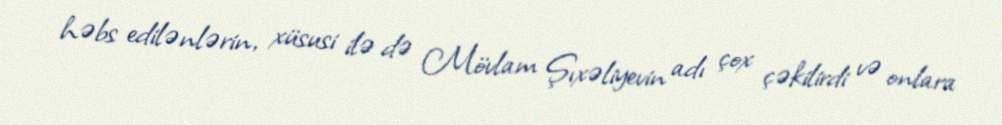
həbs edilənlərin, xüsusi ilə də Mövlam Şıxəliyevin adı çox çəkilirdi və onlara